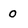
Character: 0